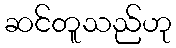
ဆင်တူသည်ဟု